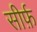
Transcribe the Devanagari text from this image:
सीर्फ़